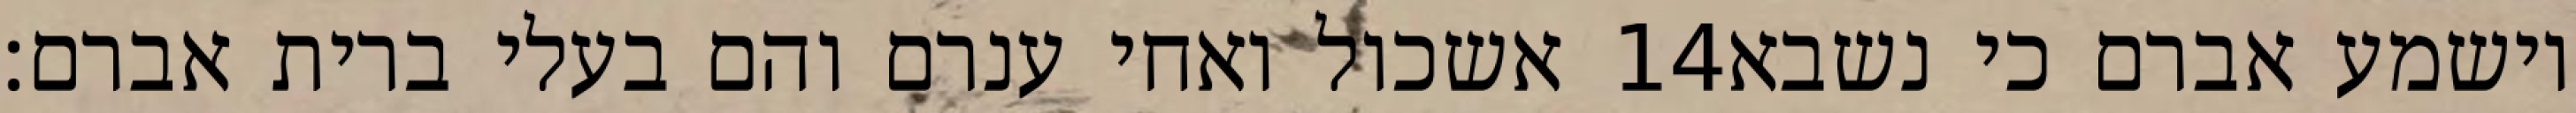
אשכול ואחי ענרם והם בעלי ברית אברם׃ ‎14‏ וישמע אברם כי נשבא